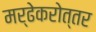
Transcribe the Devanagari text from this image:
मर्ढेकरोत्तर